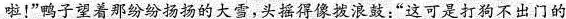
啦！”鸭子望着那纷纷扬扬的大雪，头摇得像拨浪鼓：”这可是打狗不出门的